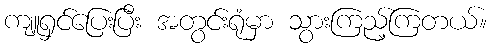
ကျူရှင်ပြေးပြီး အတွင်းရုံမှာ သွားကြည့်ကြတယ်။